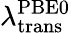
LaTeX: \lambda_{\mathrm{trans}}^{\mathrm{PBE0}}